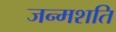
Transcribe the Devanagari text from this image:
जन्मशति